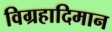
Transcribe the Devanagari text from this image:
विग्रहादिमान